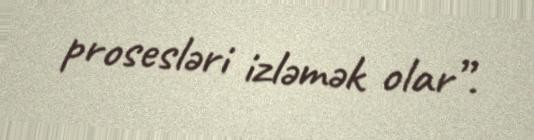
prosesləri izləmək olar”.